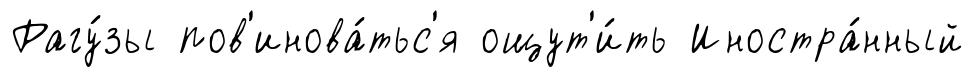
Рагу́зы пов'инова́тьс'я ощут'и́ть Иностра́нный